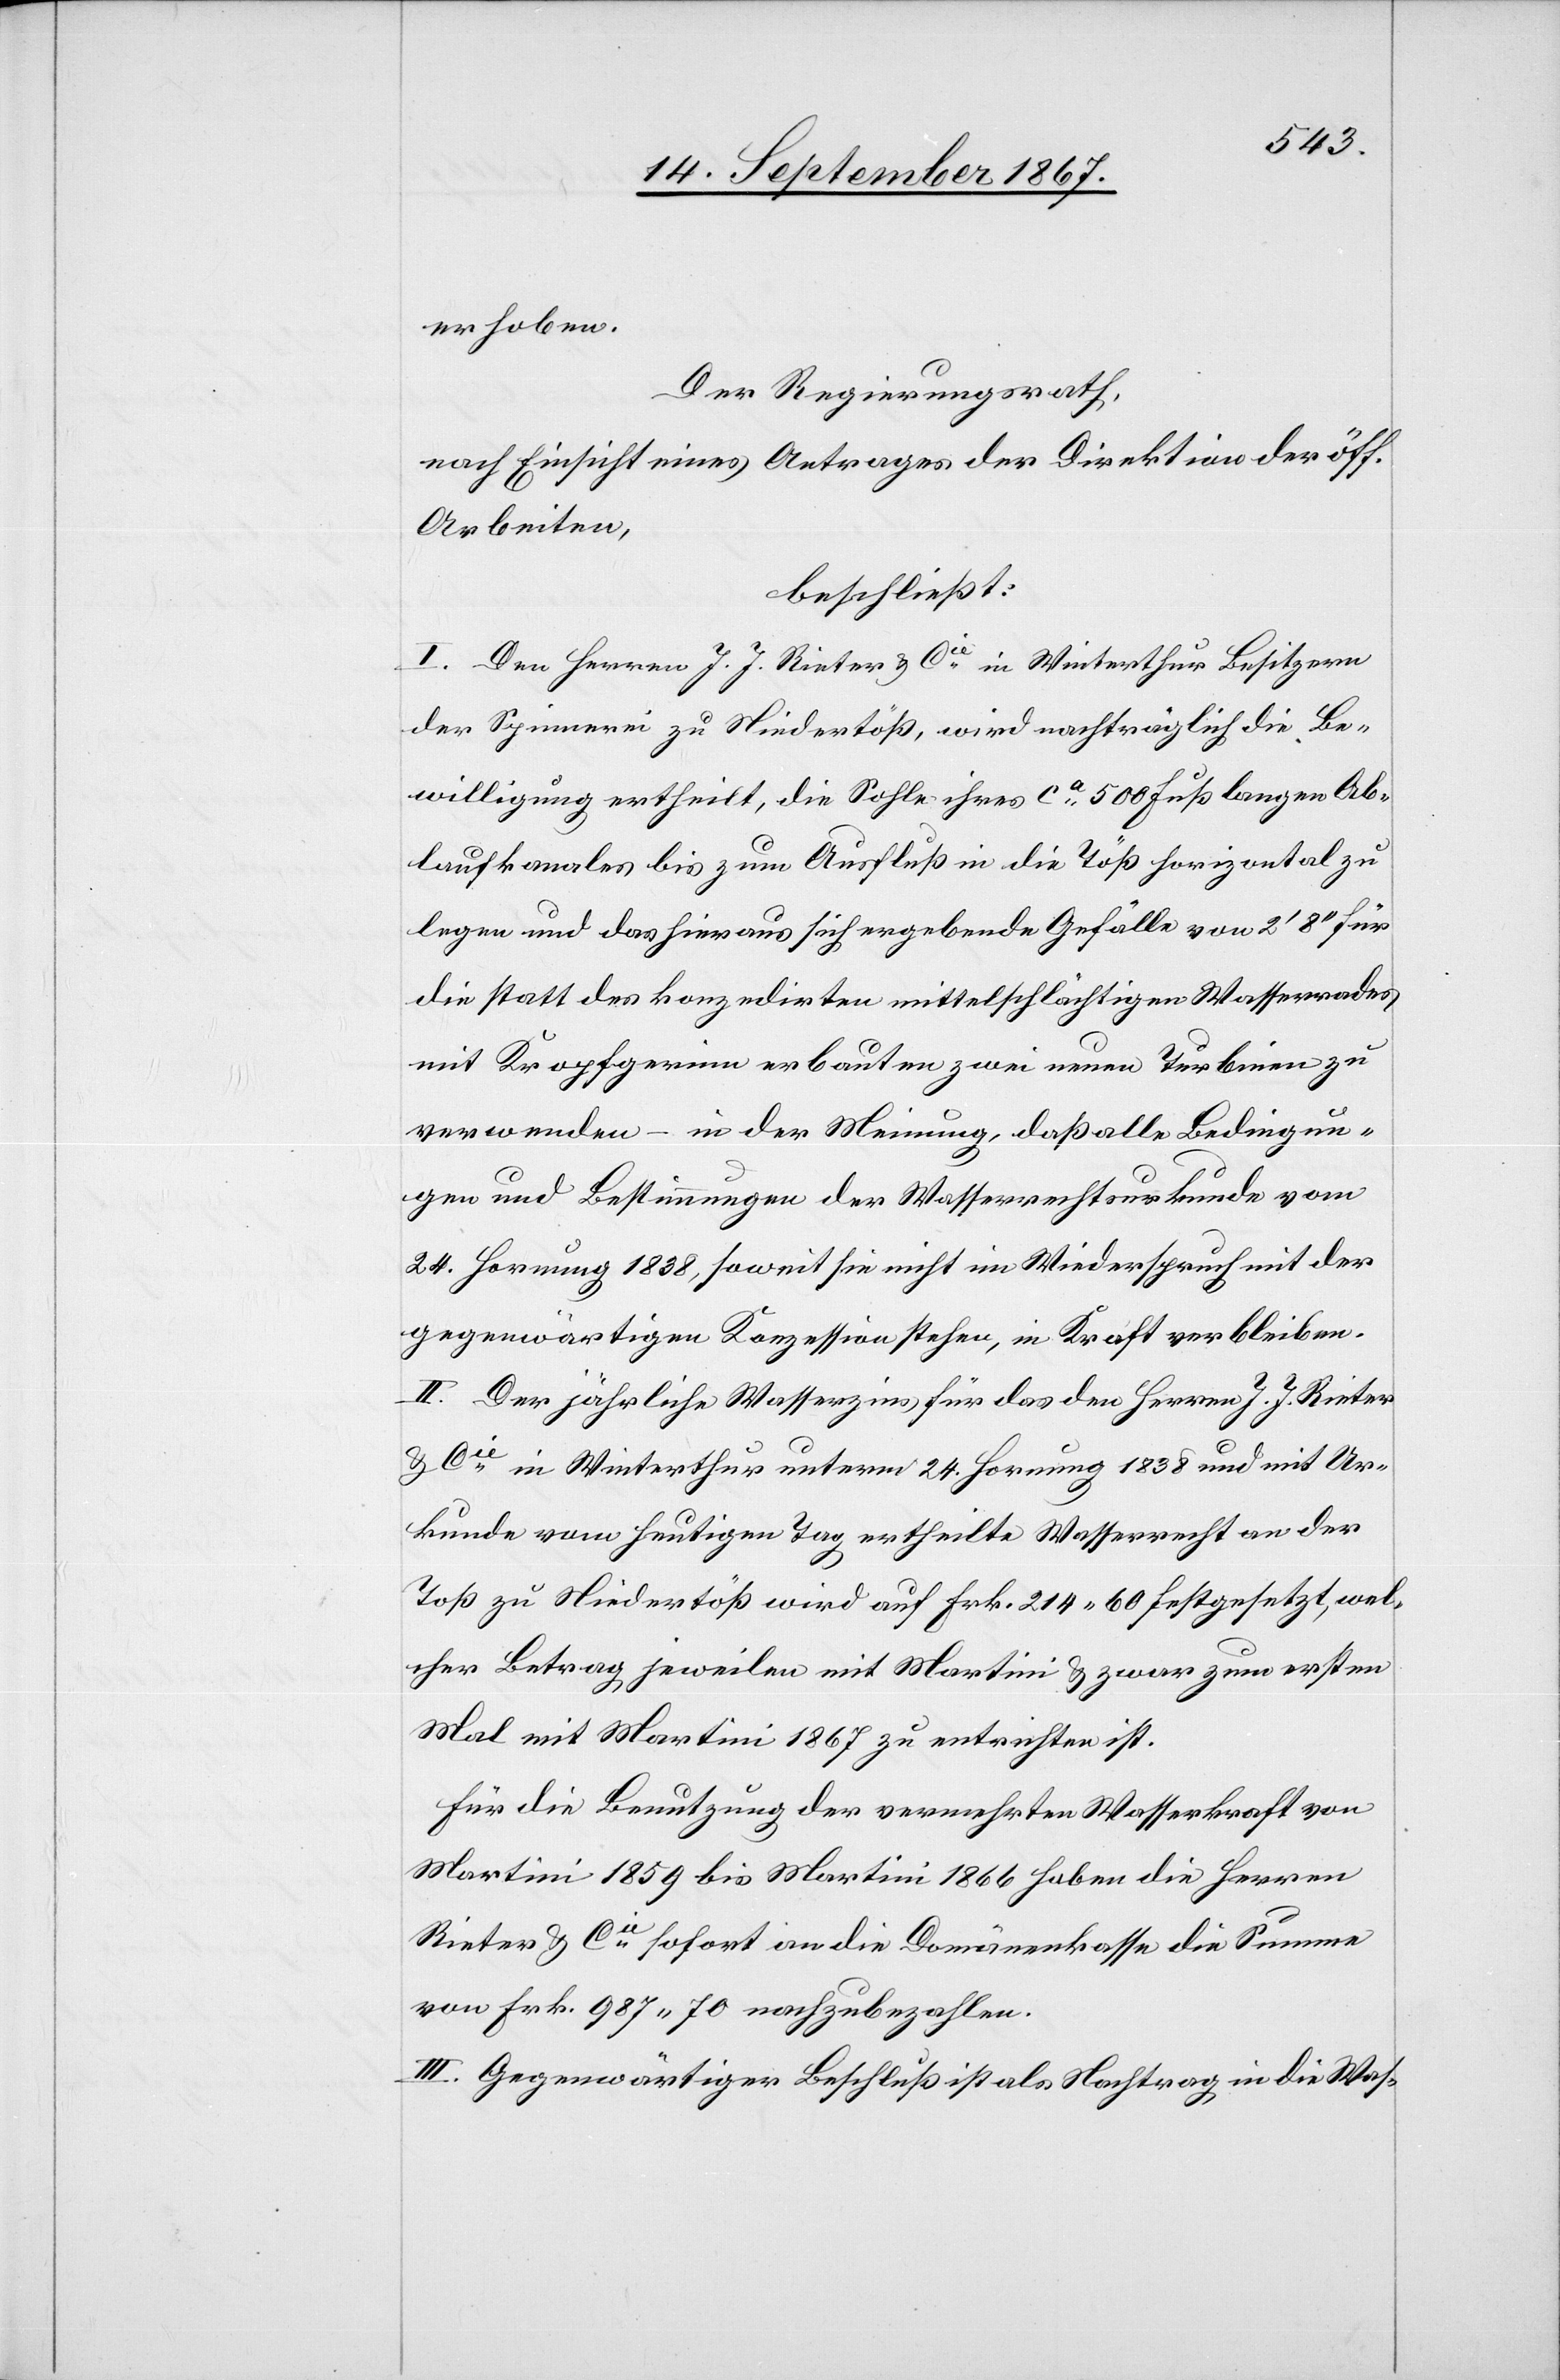
erhoben.
Der Regierungsrath,
nach Einsicht eines Antrages der Direktion der öff.
Arbeiten,
beschließt:
I. Den Herren J. J. Rieter u. Cie. in Winterthur, Besitzern
der Spinnerei zu Niedertöß, wird nachträglich die Be¬
willigung ertheilt, die Sohle ihres ca. 500 Fuß langen Ab¬
laufkanales bis zum Ausfluß in die Töß horizontal zu
legen und das hieraus sich ergebende Gefälle von 2‘ 8‘‘ für
die statt des konzedirten mittelschlächtigen Wasserrades
mit Kropfgerinne erbauten zwei neuen Turbinen zu
verwenden – in der Meinung, daß alle Bedingun¬
gen und Bestimmungen der Wasserrechtsurkunde vom
24. Hornung 1838, soweit sie nicht im Wiederspruch mit der
gegenwärtigen Konzession stehen, in Kraft verbleiben.
II. Der jährliche Wasserzins für das den Herren J. J. Rieter
u. Cie. in Winterthur unterm 24. Hornung 1838 und mit Ur¬
kunde vom heutigen Tag ertheilte Wasserrecht an der
[sic!] zu Niedertöß wird auf Frk. 214.60 festgesetzt, wel¬
cher Betrag jeweilen mit Martini u. zwar zum ersten
Mal mit Martini 1867 zu entrichten ist.
Für die Benutzung der vermehrten Wasserkraft von
Martini 1859 bis Martini 1866 haben die Herren
Rieter u. Cie. sofort an die Domänenkasse die Summe
von Frk. 987.70 nachzubezahlen.
III. Gegenwärtiger Beschluß ist als Nachtrag in die Was-